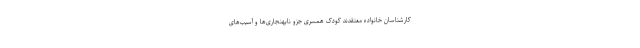
کارشناسان خانواده معتقدند کودک همسری جزو نابهنجاری‌ها و آسیب‌های